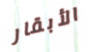
الأبقار